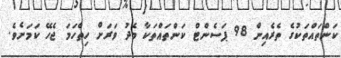
ކަންތައްތަކުގެ ތެރެއިން 98 ޕަސެންޓް ކަންތައްތަކާ މެދު ވަރަށް ހިތްހަމަ ޖެހޭ ކަމަށެވެ.